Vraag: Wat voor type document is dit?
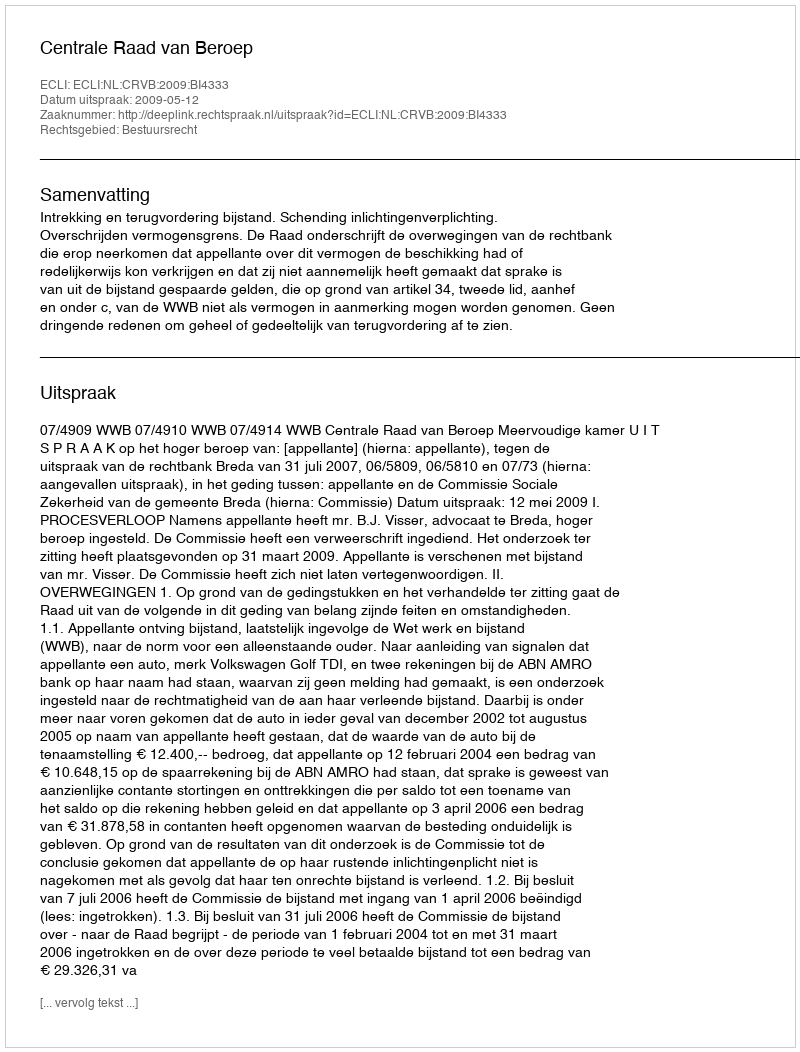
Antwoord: Uitspraak